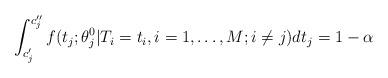
LaTeX: \begin{align*}\int_{c'_j}^{c''_j}f(t_j;\theta^0_j|T_i=t_i,i=1,\ldots,M;i \neq j)dt_j=1-\alpha\end{align*}